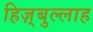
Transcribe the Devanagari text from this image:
हिज़्बुल्लाह